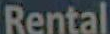
Rental